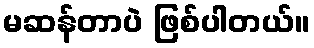
မဆန်တာပဲ ဖြစ်ပါတယ်။